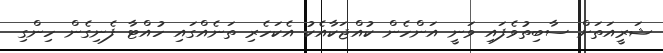
ޝަރީއަތަށް ސާބިތުވެފައި ވަނީ އަންހެން ކުއްޖަކާއެކު އެކަހެރި ތަނެއްގައި ހުއްޓާ ފެނިގެން ހިންގި